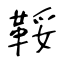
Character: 鞖